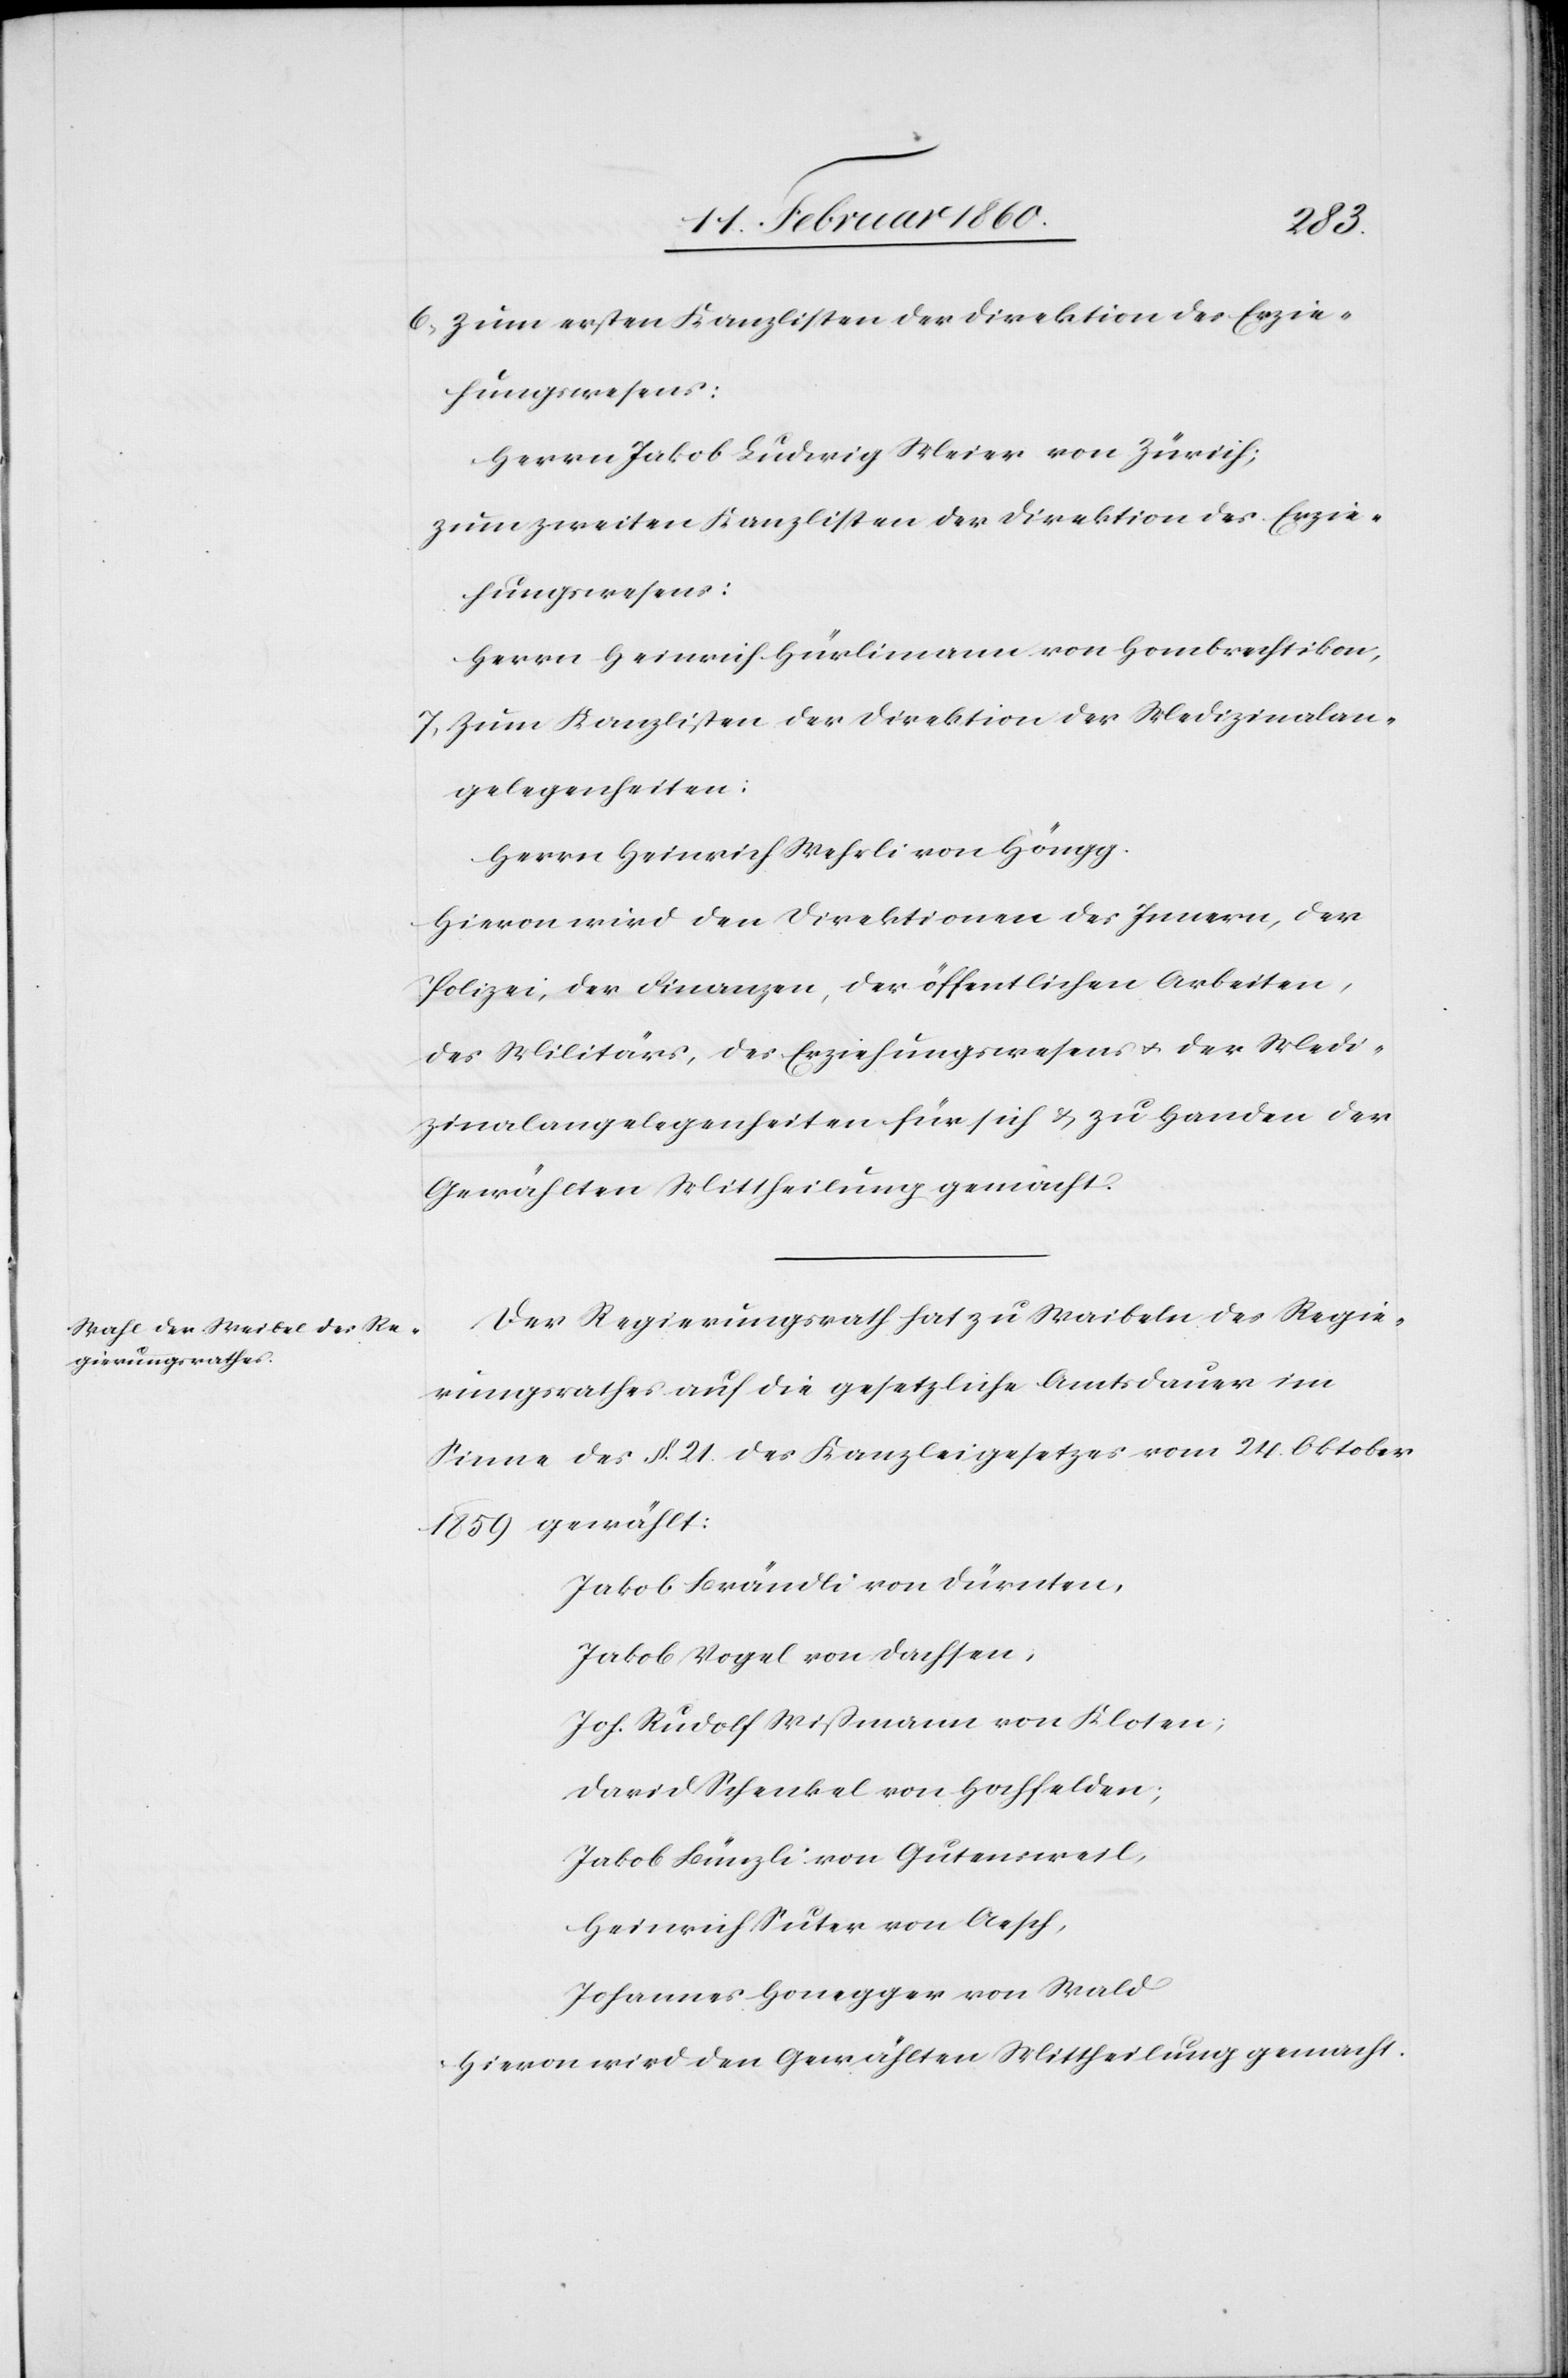
6. zum ersten Kanzlisten der Direktion des Erzie¬
hungswesens:
Herrn Jakob Ludwig Meier von Zürich;
zum zweiten Kanzlisten der Direktion des Erzie¬
hungswesens:
Herrn Heinrich Hürlimann von Hombrechtikon;
7. zum Kanzlisten der Direktion der Medizinalan¬
gelegenheiten:
Herrn Heinrich Wehrli von Höngg.
Hievon wird den Direktionen des Innern, der
Polizei, der Finanzen, der öffentlichen Arbeiten,
des Militärs, des Erziehungswesens u. der Medi¬
zinalangelegenheiten für sich u. zu Handen der
Gewählten Mittheilung gemacht.
Der Regierungsrath hat zu Waibeln des Regie¬
rungsrathes auf die gesetzliche Amtsdauer im
Sinne des §. 21. des Kanzleigesetzes vom 24. Oktober
1859 gewählt:
Jakob Brändli von Dürnten.
Jakob Vogel von Dachsen,
Joh. Rudolf Wissmann von Kloten;
David Schenkel von Hochfelden;
Jakob Bünzli von Gütensweil;
Heinrich Suter von Aesch,
Johannes Honegger von Wald
Hievon wird den Gewählten Mittheilung gemacht.